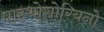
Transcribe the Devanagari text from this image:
पाइथोगोरियनो